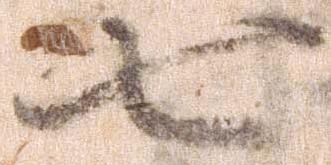
七